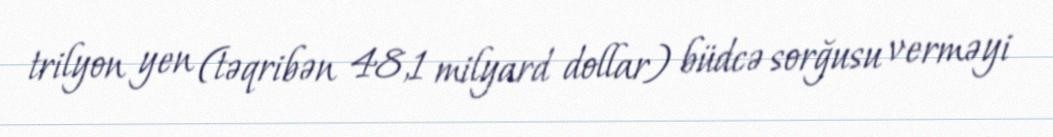
trilyon yen (təqribən 48,1 milyard dollar) büdcə sorğusu verməyi